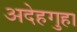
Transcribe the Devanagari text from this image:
अदेहगुहा